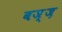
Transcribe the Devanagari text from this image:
बज़्ज़